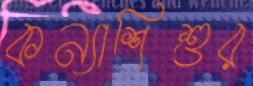
কন্যাশিশুর